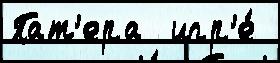
Пат'ера  игр'е́